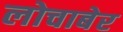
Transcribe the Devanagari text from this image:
लोचाबेर